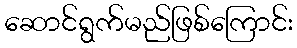
ဆောင်ရွက်မည်ဖြစ်ကြောင်း